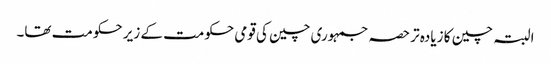
البتہ چین کا زیادہ تر حصہ جمہوری چین کی قومی حکومت کے زیر حکومت تھا۔